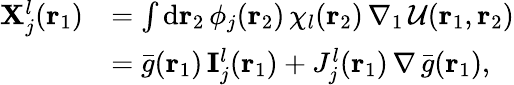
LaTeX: \begin{array}{rl}{\mathbf{X}_{j}^{l}({\mathbf{r}_{1}})}&{=\int\mathrm{d}{\mathbf{r}_{2}}\, \phi_{j}({\mathbf{r}_{2}})\, \chi_{l}({\mathbf{r}_{2}})\, \nabla_{1}\, \mathcal{U}({\mathbf{r}_{1}},{\mathbf{r}_{2}})}\\ &{=\bar{g}({\mathbf{r}_{1}})\, \mathbf{I}_{j}^{l}({\mathbf{r}_{1}})+J_{j}^{l}({\mathbf{r}_{1}})\, \nabla\, \bar{g}({\mathbf{r}_{1}})\mathrm{,}}\end{array}